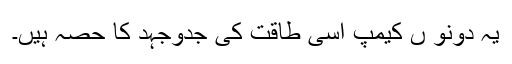
یہ دونو ں کیمپ اسی طاقت کی جدوجہد کا حصہ ہیں۔